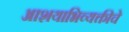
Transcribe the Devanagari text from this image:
आशयाभिव्यक्तीचे